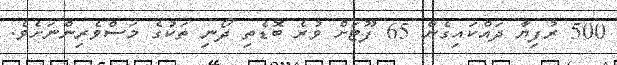
500 ރުފިޔާ ދައްކައިގެން 65 ފޫޓަށް ވުރެ ބޮޑެތި ދޯނި ތަކުގެ މަސްވެރިންނަށެވެ.